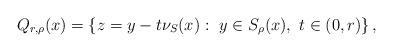
LaTeX: \begin{align*}Q_{r,\rho}(x) = \{z= y-t\nu_S(x):\ y\in S_\rho(x),\ t\in (0,r)\}\,,\end{align*}